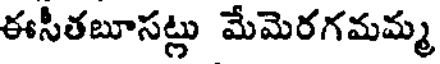
ఈసీతబూసట్లు మేమెరగమమ్మ